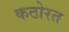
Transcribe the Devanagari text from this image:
कठोरत